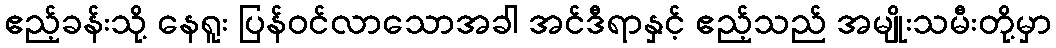
ဧည့်ခန်းသို့ နေရူး ပြန်ဝင်လာသောအခါ အင်ဒီရာနှင့် ဧည့်သည် အမျိုးသမီးတို့မှာ